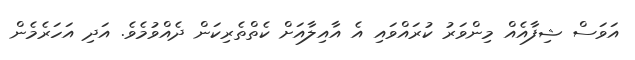
އަވަސް ޝިފާއެއް މިންވަރު ކުރައްވައި އެ އާއިލާއަށް ކެތްތެރިކަން ދެއްވުމެވެ. އަދި އަހަރެމެން